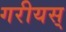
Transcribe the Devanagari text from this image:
गरीयस्‌